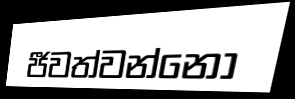
ජීවත්වන්නෝ